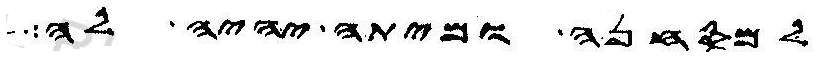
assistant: למסחנה ומיתה יהיה לה